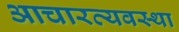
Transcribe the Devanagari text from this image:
आचारव्यवस्था